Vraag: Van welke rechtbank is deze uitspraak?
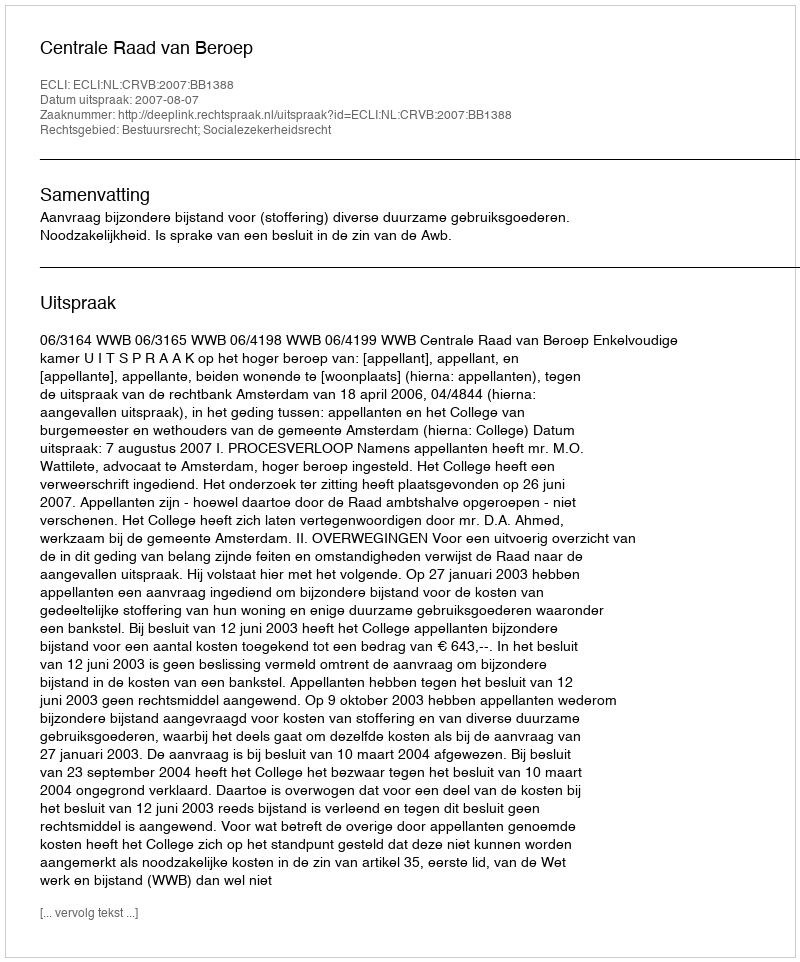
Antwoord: Centrale Raad van Beroep